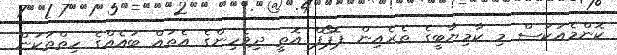
ކޮންމެއަކަސް މި ކާމިޔާބީގެ ތެރެއިން ޕޮޕޯފް އޮތީ ދިވެހިންގެ އެތައް ބައެއްގެ ހިތްތަކުން